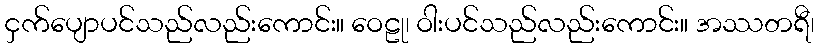
ငှက်ပျောပင်သည်လည်းကောင်း။ ဝေဠု၊ ဝါးပင်သည်လည်းကောင်း။ အဿတရီ၊